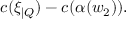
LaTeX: c ( \xi _ { | Q } ) - c ( \alpha ( w _ { 2 } ) ) .